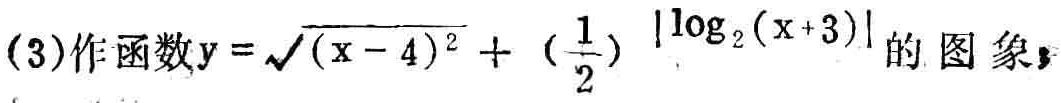
(3)作函数\(y = \sqrt{(x - 4)^2}+(\frac{1}{2})^{|\log_{2}(x + 3)|}\)的图象；